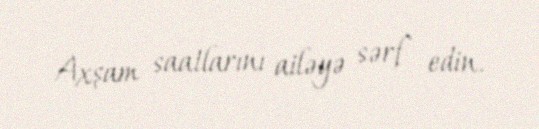
Axşam saatlarını ailəyə sərf edin.